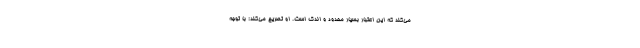
می‌کند که این اعتبار بسیار محدود و اندک است. او تصریح می‌کند: با توجه